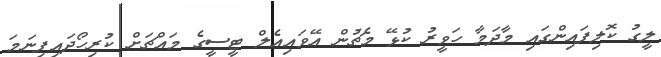
ލީގު ކޮލިފައިންގައި މާދަމާ ހަވީރު ކުޅޭ މެޗުން އޭވައިއެލް ޓީސީގެ މައްޗަށް ކުރިހޯދައިފިނަމަ